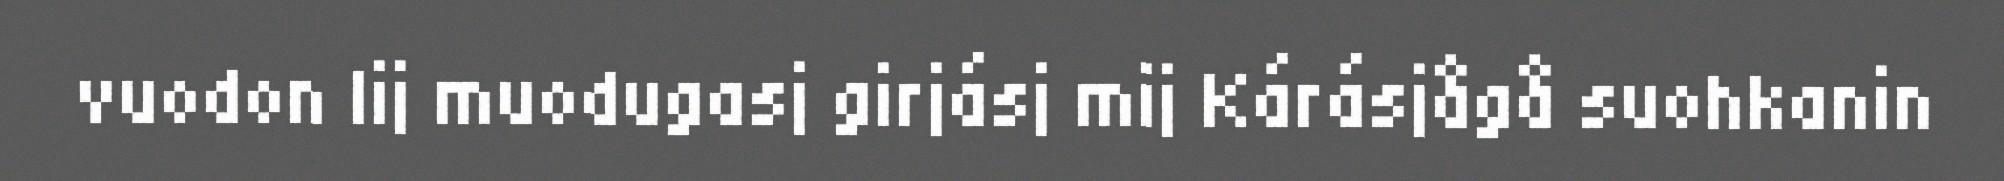
vuodon lij muodugasj girjásj mij Kárásjågå suohkanin